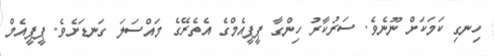
ހިނގި ކަމަކަށް ނޫނެވެ. ސަރުކާރު ހިންގާ ޕީޕީއެމްގެ އެތެރޭގެ މައްސަލަ ގަނޑަށެވެ. ޕީޕީއެމް